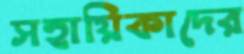
সহায়িকাদের